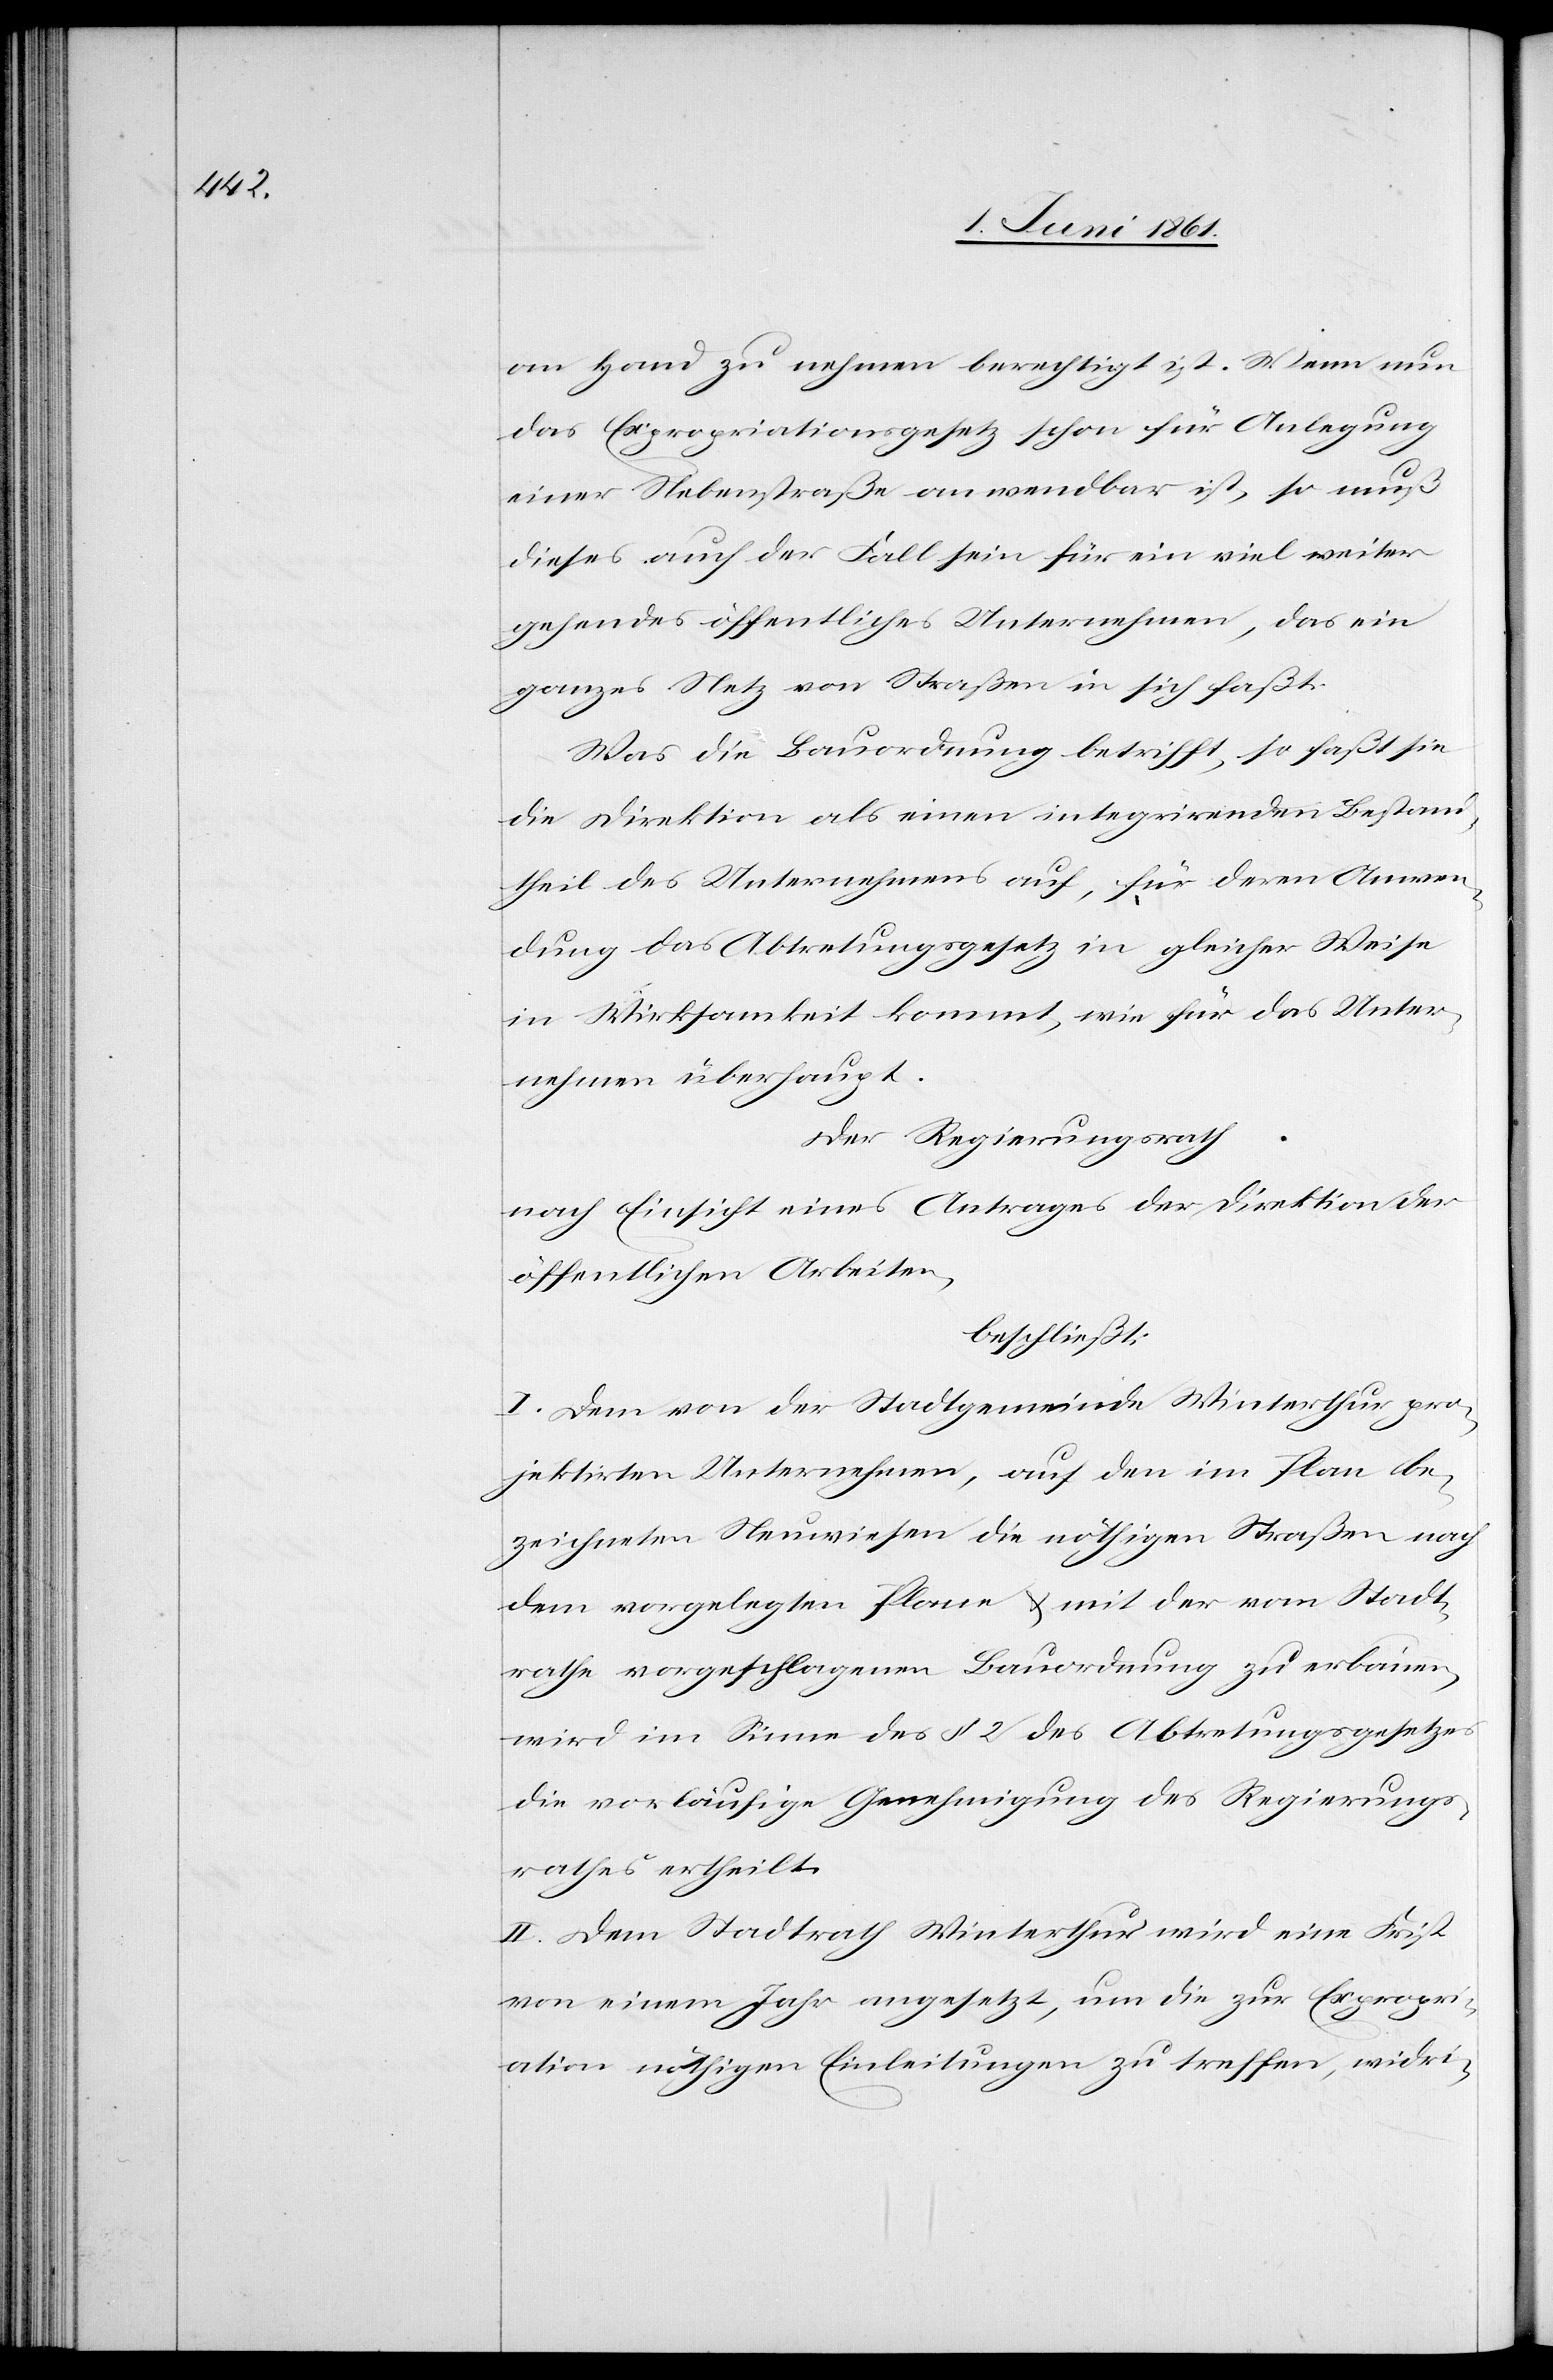
an Hand zu nehmen berechtigt ist. Wenn nun
das Expropriationsgesetz schon für Anlegung
einer Nebenstraße anwendbar ist, so muß
dies auch der Fall sein für ein viel weiter
gehendes öffentliches Unternehmen, das ein
ganzes Netz von Straßen in sich faßt.
Was die Bauordnung betrifft, so faßt sie
die Direktion als einen integrirenden Bestand¬
theil des Unternehmens auf, für deren Anwen¬
dung das Abtretungsgesetz in gleicher Weise
in Wirksamkeit kommt, wie für das Unter¬
nehmen überhaupt.
Der Regierungsrath
nach Einsicht eines Antrages der Direktion der
öffentlichen Arbeiten,
beschließt:
I. Dem von der Stadtgemeinde Winterthur pro¬
jektirten Unternehmen, auf den im Plan be¬
zeichneten Neuwiesen die nöthigen Straßen nach
dem vorgelegten Plane u. mit der vom Stadt¬
rathe vorgeschlagenen Bauordnung zu erbauen,
wird im Sinne des § 2 des Abtretungsgesetzes
die vorläufige Genehmigung des Regierungs¬
rathes ertheilt.
II. Dem Stadtrath Winterthur wird eine Frist
von einem Jahr angesetzt, um die zur Expropri¬
ation nöthigen Einleitungen zu treffen, widri-